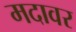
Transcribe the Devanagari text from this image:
मदावर